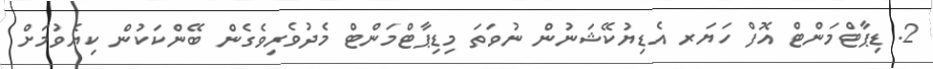
2. ޑިޕާޓްމަންޓް އޮފް ހަޔަރ އެޑިޔުކޭޝަނުން ނުވަތަ މިޑިޕާޓްމަންޓް މެދުވެރިވެގެން ބޭންކަކުން ކިޔެވުމަށް